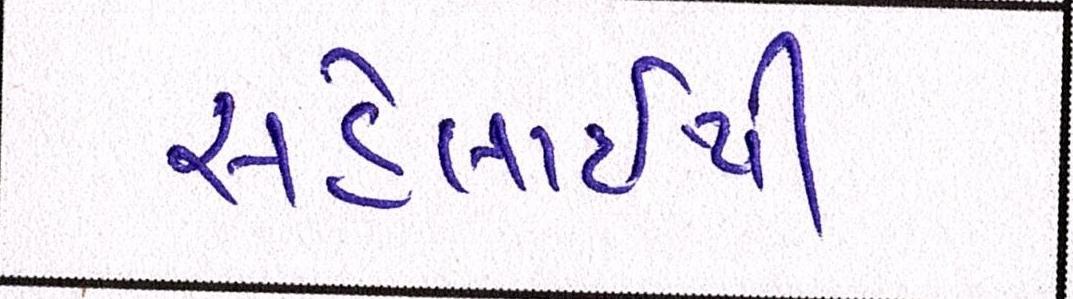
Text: સહેલાઇથી